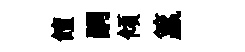
饘嗣傾籯